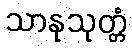
သာနုသုတ္တံ